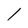
Character: 1